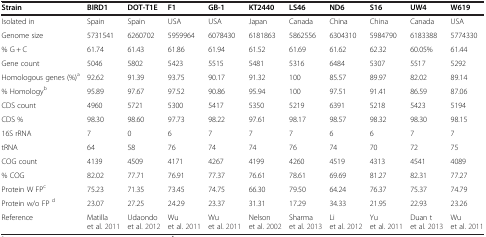
<table><thead><tr><td><b>Strain</b></td><td><b>BIRD1</b></td><td><b>DOT-T1E</b></td><td><b>F1</b></td><td><b>GB-1</b></td><td><b>KT2440</b></td><td><b>LS46</b></td><td><b>ND6</b></td><td><b>S16</b></td><td><b>UW4</b></td><td><b>W619</b></td></tr></thead><tbody><tr><td>Isolated in</td><td>Spain</td><td>Spain</td><td>USA</td><td>USA</td><td>Japan</td><td>Canada</td><td>China</td><td>China</td><td>Canada</td><td>USA</td></tr><tr><td>Genome size</td><td>5731541</td><td>6260702</td><td>5959964</td><td>6078430</td><td>6181863</td><td>5862556</td><td>6304310</td><td>5984790</td><td>6183388</td><td>5774330</td></tr><tr><td>% G + C</td><td>61.74</td><td>61.43</td><td>61.86</td><td>61.94</td><td>61.52</td><td>61.69</td><td>61.62</td><td>62.32</td><td>60.05%</td><td>61.44</td></tr><tr><td>Gene count</td><td>5046</td><td>5802</td><td>5423</td><td>5515</td><td>5481</td><td>5316</td><td>6484</td><td>5307</td><td>5517</td><td>5292</td></tr><tr><td>Homologous genes (%)<sup>a</sup></td><td>92.62</td><td>91.39</td><td>93.75</td><td>90.17</td><td>91.32</td><td>100</td><td>85.57</td><td>89.97</td><td>82.02</td><td>89.14</td></tr><tr><td>% Homology<sup>b</sup></td><td>95.89</td><td>97.67</td><td>97.52</td><td>90.86</td><td>95.94</td><td>100</td><td>97.51</td><td>91.41</td><td>86.59</td><td>87.06</td></tr><tr><td>CDS count</td><td>4960</td><td>5721</td><td>5300</td><td>5417</td><td>5350</td><td>5219</td><td>6391</td><td>5218</td><td>5423</td><td>5194</td></tr><tr><td>CDS %</td><td>98.30</td><td>98.60</td><td>97.73</td><td>98.22</td><td>97.61</td><td>98.17</td><td>98.57</td><td>98.32</td><td>98.30</td><td>98.15</td></tr><tr><td>16S rRNA</td><td>7</td><td>0</td><td>6</td><td>7</td><td>7</td><td>7</td><td>6</td><td>6</td><td>7</td><td>7</td></tr><tr><td>tRNA</td><td>64</td><td>58</td><td>76</td><td>74</td><td>74</td><td>76</td><td>74</td><td>70</td><td>72</td><td>75</td></tr><tr><td>COG count</td><td>4139</td><td>4509</td><td>4171</td><td>4267</td><td>4199</td><td>4260</td><td>4519</td><td>4313</td><td>4541</td><td>4089</td></tr><tr><td>% COG</td><td>82.02</td><td>77.71</td><td>76.91</td><td>77.37</td><td>76.61</td><td>78.61</td><td>69.69</td><td>81.27</td><td>82.31</td><td>77.27</td></tr><tr><td>Protein W FP<sup>c</sup></td><td>75.23</td><td>71.35</td><td>73.45</td><td>74.75</td><td>66.30</td><td>79.50</td><td>64.24</td><td>76.37</td><td>75.37</td><td>74.79</td></tr><tr><td>Protein w/o FP <sup>d</sup></td><td>23.07</td><td>27.25</td><td>24.29</td><td>23.37</td><td>31.31</td><td>17.29</td><td>34.33</td><td>21.95</td><td>22.93</td><td>23.26</td></tr><tr><td>Reference</td><td>Matilla et al. [2011]</td><td>Udaondo et al. [2012]</td><td>Wu et al. [2011]</td><td>Wu et al. [2011]</td><td>Nelson et al. [2002]</td><td>Sharma et al. [2013]</td><td>Li et al. [2012]</td><td>Yu et al. [2011]</td><td>Duan t et al. [2013]</td><td>Wu et al. [2011]</td></tr></tbody></table>